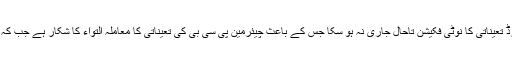
وزیر اعظم عمران خان کی طرف سے احسان مانی کی بطور ممبر گورننگ بورڈ تعیناتی کا نوٹی فکیشن تاحال جاری نہ ہو سکا جس کے باعث چیئرمین پی سی بی کی تعیناتی کا معاملہ التواء کا شکار ہے جب کہ مستعفی ممبر اعجاز عارف کی جگہ بھی کسی کو ممبر گورننگ بورڈ بنانا ہے۔